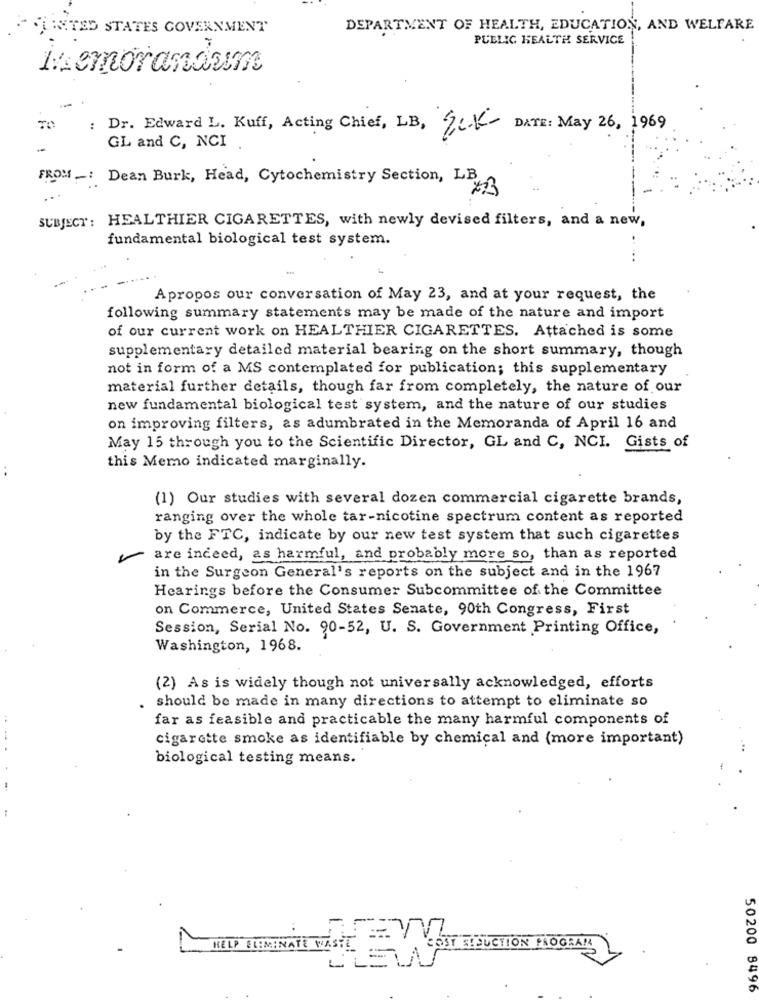
ITED STATES GOVERNMENT
DEPARTMENT OF HEALTH, EDUCATION, AND WELFARE
PUBLIC HEALTH SERVICE
Memorandum
TO
: Dr. Edward L. Kuff, Acting Chief, LB, SCK-
DATE: May 26, 1969
GL and C, NCI .
FROM : Dean Burk, Head, Cytochemistry Section, LB
SUBJECT: HEALTHIER CIGARETTES, with newly devised filters, and a new,
fundamental biological test system.
Apropos our conversation of May 23, and at your request, the
following summary statements may be made of the nature and import
of our current work on HEALTHIER CIGARETTES. Attached is some
supplementary detailed material bearing on the short summary, though
not in form of a MS contemplated for publication; this supplementary
material further details, though far from completely, the nature of our
new fundamental biological test system, and the nature of our studies
on improving filters, as adumbrated in the Memoranda of April 16 and
May 15 through you to the Scientific Director, GL and C, NCI. Gists of
. .
this Memo indicated marginally.
(1) Our studies with several dozen commercial cigarette brands,
ranging over the whole tar-nicotine spectrum content as reported
by the FTC, indicate by our new test system that such cigarettes
are indeed, as harmful, and probably more so, than as reported
in the Surgeon General's reports on the subject and in the 1967
Hearings before the Consumer Subcommittee of the Committee
on Commerce, United States Senate, 90th Congress, First
Session, Serial No. 90-52, U. S. Government Printing Office,
Washington, 1968.
(2) As is widely though not universally acknowledged, efforts
should be made in many directions to attempt to eliminate so
far as feasible and practicable the many harmful components of
cigarette smoke as identifiable by chemical and (more important)
biological testing means.
COST SEDUCTION PROGRAMA
50200 8496